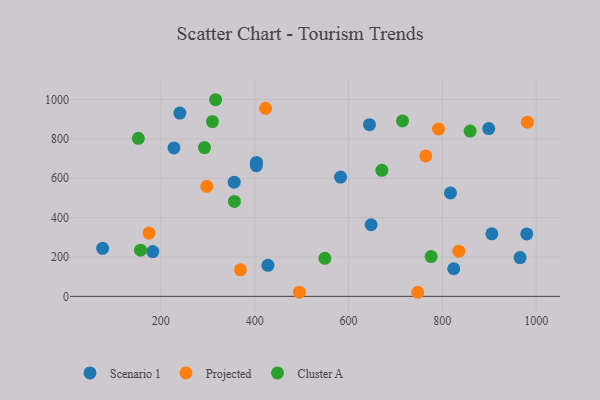
{"axis": {"x": "Speed", "y": "Demand"}, "legend": ["Cluster A", "Projected", "Scenario 1"], "data": [{"x": "898.8", "y": 852.8, "type": "Scenario 1"}, {"x": "227.9", "y": 754.2, "type": "Scenario 1"}, {"x": "644.7", "y": 872.2, "type": "Scenario 1"}, {"x": "905.5", "y": 317.7, "type": "Scenario 1"}, {"x": "824.3", "y": 140.3, "type": "Scenario 1"}, {"x": "648.2", "y": 363.9, "type": "Scenario 1"}, {"x": "356.4", "y": 580.0, "type": "Scenario 1"}, {"x": "403.6", "y": 664.0, "type": "Scenario 1"}, {"x": "583.0", "y": 606.2, "type": "Scenario 1"}, {"x": "75.9", "y": 243.9, "type": "Scenario 1"}, {"x": "182.9", "y": 227.4, "type": "Scenario 1"}, {"x": "428.2", "y": 157.5, "type": "Scenario 1"}, {"x": "240.5", "y": 931.2, "type": "Scenario 1"}, {"x": "979.9", "y": 317.3, "type": "Scenario 1"}, {"x": "965.6", "y": 197.0, "type": "Scenario 1"}, {"x": "817.3", "y": 525.5, "type": "Scenario 1"}, {"x": "403.8", "y": 680.4, "type": "Scenario 1"}, {"x": "369.7", "y": 134.8, "type": "Projected"}, {"x": "495.3", "y": 21.4, "type": "Projected"}, {"x": "981.2", "y": 884.9, "type": "Projected"}, {"x": "174.8", "y": 321.6, "type": "Projected"}, {"x": "791.8", "y": 850.0, "type": "Projected"}, {"x": "423.1", "y": 955.4, "type": "Projected"}, {"x": "835.0", "y": 229.6, "type": "Projected"}, {"x": "747.6", "y": 20.7, "type": "Projected"}, {"x": "297.9", "y": 559.3, "type": "Projected"}, {"x": "764.7", "y": 713.7, "type": "Projected"}, {"x": "715.1", "y": 891.6, "type": "Cluster A"}, {"x": "776.1", "y": 202.0, "type": "Cluster A"}, {"x": "671.1", "y": 640.4, "type": "Cluster A"}, {"x": "292.9", "y": 756.0, "type": "Cluster A"}, {"x": "549.5", "y": 193.2, "type": "Cluster A"}, {"x": "156.7", "y": 234.7, "type": "Cluster A"}, {"x": "356.8", "y": 482.4, "type": "Cluster A"}, {"x": "152.0", "y": 803.2, "type": "Cluster A"}, {"x": "859.2", "y": 839.9, "type": "Cluster A"}, {"x": "310.0", "y": 888.1, "type": "Cluster A"}, {"x": "316.7", "y": 999.2, "type": "Cluster A"}]}